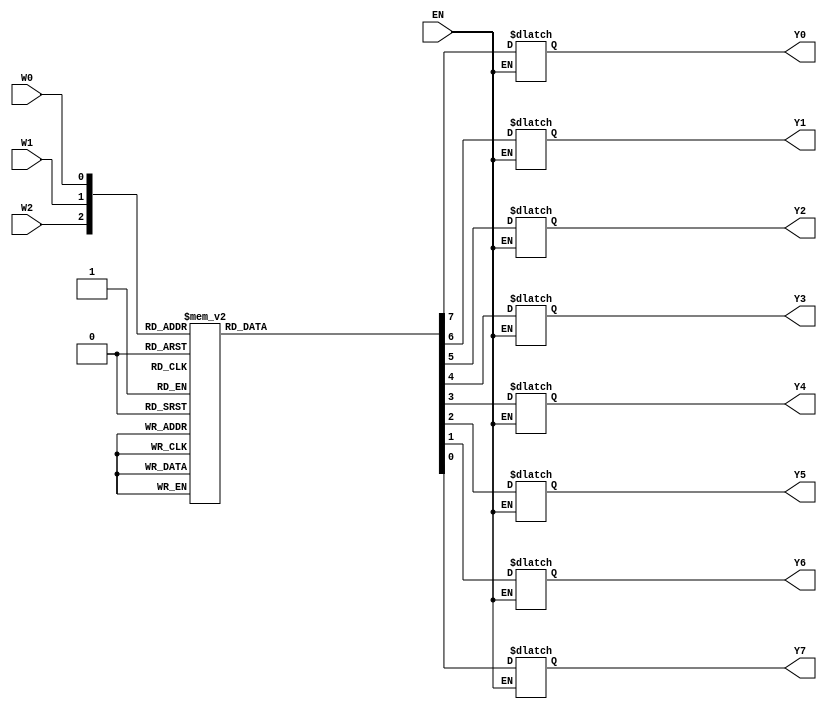
// This program was cloned from: https://github.com/regales/cpre281
// License: Apache License 2.0

module Decoder3to8(EN, W2, W1, W0, Y0, Y1, Y2, Y3, Y4, Y5, Y6, Y7);
input EN, W2, W1, W0;
output Y0, Y1, Y2, Y3, Y4, Y5, Y6, Y7;

reg Y0, Y1, Y2, Y3, Y4, Y5, Y6, Y7;
always@(EN or W2 or W1 or W0)

begin
if(EN)
case({W2, W1, W0})
3'b000 : {Y0, Y1, Y2, Y3, Y4, Y5, Y6, Y7} = 8'b00000001;
3'b001 : {Y0, Y1, Y2, Y3, Y4, Y5, Y6, Y7} = 8'b00000010;
3'b010 : {Y0, Y1, Y2, Y3, Y4, Y5, Y6, Y7} = 8'b00000100;
3'b011 : {Y0, Y1, Y2, Y3, Y4, Y5, Y6, Y7} = 8'b00001000;
3'b100 : {Y0, Y1, Y2, Y3, Y4, Y5, Y6, Y7} = 8'b00010000;
3'b101 : {Y0, Y1, Y2, Y3, Y4, Y5, Y6, Y7} = 8'b00100000;
3'b110 : {Y0, Y1, Y2, Y3, Y4, Y5, Y6, Y7} = 8'b01000000;
3'b111 : {Y0, Y1, Y2, Y3, Y4, Y5, Y6, Y7} = 8'b10000000;

default : {Y0, Y1, Y2, Y3, Y4, Y5, Y6, Y7} = 8'b00000000;

endcase
end
endmodule